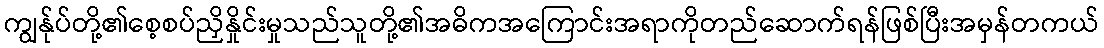
ကျွန်ုပ်တို့၏စေ့စပ်ညှိနှိုင်းမှုသည်သူတို့၏အဓိကအကြောင်းအရာကိုတည်ဆောက်ရန်ဖြစ်ပြီးအမှန်တကယ်